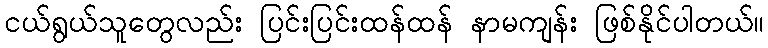
ငယ်ရွယ်သူတွေလည်း ပြင်းပြင်းထန်ထန် နာမကျန်း ဖြစ်နိုင်ပါတယ်။